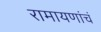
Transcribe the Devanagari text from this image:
रामायणांचं